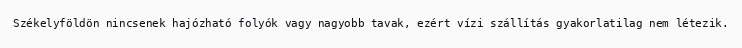
Székelyföldön nincsenek hajózható folyók vagy nagyobb tavak, ezért vízi szállítás gyakorlatilag nem létezik.